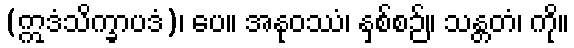
(ဣဒံသိက္ခာပဒံ)၊ ပေ။ အနုဝဿံ၊ နှစ်စဉ်။ သန္တတံ၊ ကို။